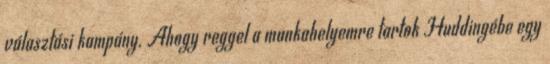
választási kampány. Ahogy reggel a munkahelyemre tartok Huddingébe egy